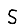
Digit: 5